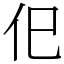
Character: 㐶